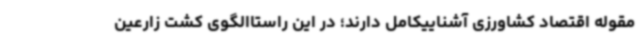
مقوله اقتصاد کشاورزی آشناییکامل دارند؛ در این راستاالگوی کشت زارعین